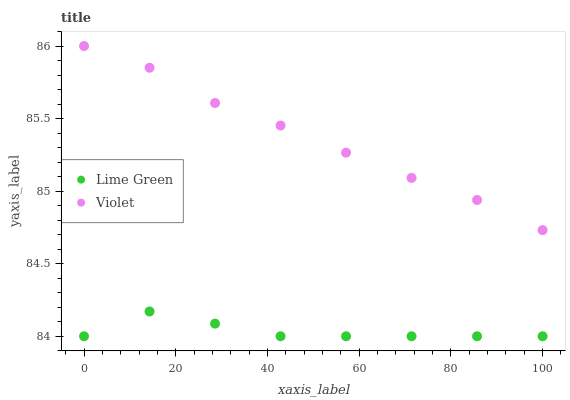
| xaxis_label | Lime Green | Violet |
 | --- | --- | --- |
 | 0 | 84 | 86 |
 | 14.3 | 84.2 | 85.9 |
 | 28.6 | 84.1 | 85.6 |
 | 42.9 | 84 | 85.5 |
 | 57.1 | 84 | 85.3 |
 | 71.4 | 84 | 85.1 |
 | 85.7 | 84 | 84.9 |
 | 100 | 84 | 84.7 |